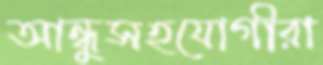
আন্ধুসহযোগীরা